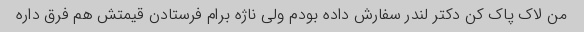
من لاک پاک کن دکتر لندر سفارش داده بودم ولی ناژه برام فرستادن قیمتش هم فرق داره